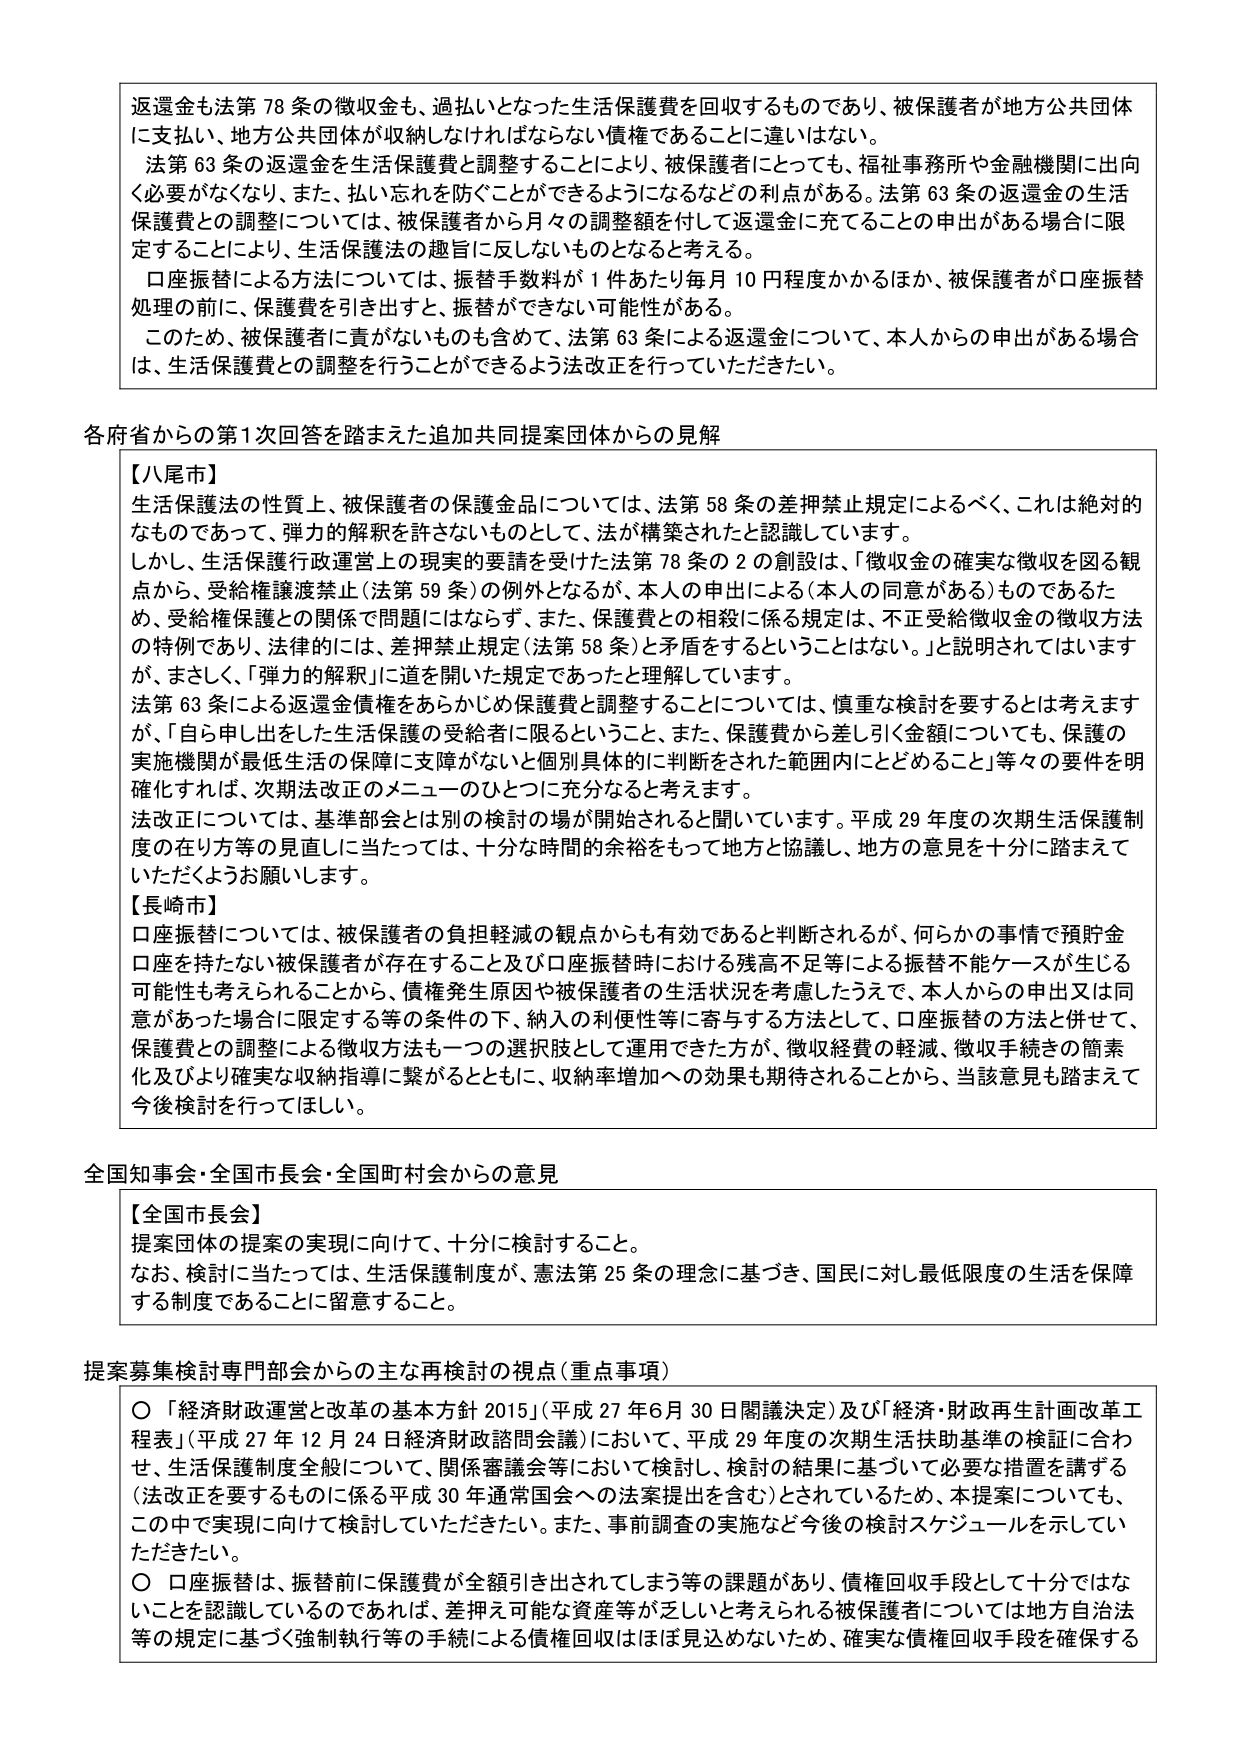
返還金も法第78条の徴収金も、過払いとなった生活保護費を回収するものであり、被保護者が地方公共団体に支払い、地方公共団体が収納しなければならない債権であることに違いはない。

法第63条の返還金を生活保護費と調整することにより、被保護者にとっても、福祉事務所や金融機関に出向く必要がなくなり、また、払い忘れを防ぐことができるようになるなどの利点がある。法第63条の返還金の生活保護費との調整については、被保護者から月々の調整額を付して返還金に充てることの申出がある場合に限定することにより、生活保護法の趣旨に反しないものとなると考える。

口座振替による方法については、振替手数料が1件あたり毎月10円程度かかるほか、被保護者が口座振替処理の前に、保護費を引き出すと、振替ができない可能性がある。

このため、被保護者に責がないものも含めて、法第63条による返還金について、本人からの申出がある場合は、生活保護費との調整を行うことができるよう法改正を行っていただきたい。

各府省からの第1次回答を踏まえた追加共同提案団体からの見解

【八尾市】
生活保護法の性質上、被保護者の保護金品については、法第58条の差押禁止規定によるべく、これは絶対的なものであって、弾力的解釈を許さないものとして、法が構築されたと認識しています。
しかし、生活保護行政運営上の現実的要請を受けた法第78条の2の創設は、「徴収金の確実な徴収を図る観点から、受給権譲渡禁止（法第59条）の例外となるが、本人の申出による（本人の同意がある）ものであるため、受給権保護との関係では問題にはならず、また、保護費との相殺に係る規定は、不正受給徴収金の徴収方法の特例であり、法律的には、差押禁止規定（法第58条）と矛盾するということはない。」と説明されてはいますが、まさしく、「弾力的解釈」に道を開いた規定であったと理解しています。
法第63条による返還金債権をあらかじめ保護費と調整することについては、慎重な検討を要するとは考えますが、「自ら申し出た生活保護の受給者に限るということ、また、保護費から差し引く金額についても、保護の実施機関が最低生活の保障に支障がないと個別具体的に判断をされた範囲内にとどめること」等々の要件を明確化すれば、次期法改正のメニューのひとつに充分なると考えます。
法改正については、基準部会とは別の検討の場が開始されると聞いています。平成29年度の次期生活保護制度の在り方等の見直しに当たっては、十分な時間的余裕をもって地方と協議し、地方の意見を十分に踏まえていただくようお願いします。

【長崎市】
口座振替については、被保護者の負担軽減の観点からも有効であると判断されるが、何らかの事情で預貯金口座を持たない被保護者が存在すること及び口座振替時における残高不足等による振替不能ケースが生じる可能性も考えられることから、債権発生原因や被保護者の生活状況を考慮したうえで、本人からの申出又は同意があった場合に限定する等の条件の下、納入の利便性等に寄与する方法として、口座振替の方法と併せて、保護費との調整による徴収方法も一つの選択肢として運用できた方が、徴収経費の軽減、徴収手続きの簡素化及びより確実な収納指導に繋がるとともに、収納率増加への効果も期待されることから、当該意見も踏まえて今後検討を行ってほしい。

全国知事会・全国市長会・全国町村会からの意見

【全国市長会】
提案団体の提案の実現に向けて、十分に検討すること。
なお、検討に当たっては、生活保護制度が、憲法第25条の理念に基づき、国民に対し最低限度の生活を保障する制度であることに留意すること。

提案募集検討専門部会からの主な再検討の視点（重点事項）

〇「経済財政運営と改革の基本方針2015」（平成27年6月30日閣議決定）及び「経済・財政再生計画改革工程表」（平成27年12月24日経済財政諮問会議）において、平成29年度の次期生活扶助基準の検証に合わせ、生活保護制度全般について、関係審議会等において検討し、検討の結果に基づいて必要な措置を講ずる（法改正を要するものに係る平成30年通常国会への法案提出を含む）とされているため、本提案についても、この中で実現に向けて検討していただきたい。また、事前調査の実施など今後の検討スケジュールを示していただきたい。

〇口座振替は、振替前に保護費が全額引き出されてしまう等の課題があり、債権回収手段として十分ではないことを認識しているのであれば、差押え可能な資産等が乏しいと考えられる被保護者については地方自治法等の規定に基づく強制執行等の手続による債権回収はほぼ見込めないため、確実な債権回収手段を確保する